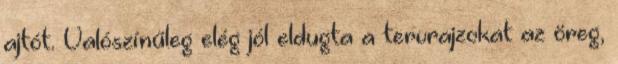
ajtót. Valószínűleg elég jól eldugta a tervrajzokat az öreg,